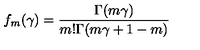
f _ { m } ( \gamma ) = \frac { \Gamma ( m \gamma ) } { m ! \Gamma ( m \gamma + 1 - m ) }